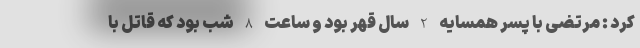
کرد : مرتضی با پسر همسایه 2 سال قهر بود و ساعت 8 شب بود که قاتل با